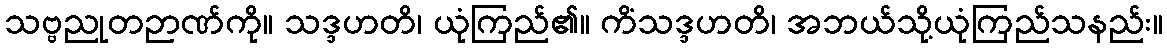
သဗ္ဗညုတဉာဏ်ကို။ သဒ္ဒဟတိ၊ ယုံကြည်၏။ ကိံသဒ္ဒဟတိ၊ အဘယ်သို့ယုံကြည်သနည်း။